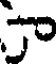
ా